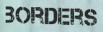
BORDERS